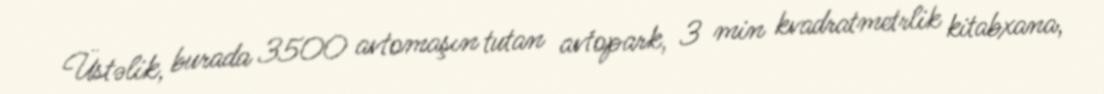
Üstəlik, burada 3500 avtomaşın tutan avtopark, 3 min kvadratmetrlik kitabxana,